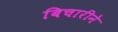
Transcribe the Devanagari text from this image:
बिचारीने